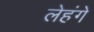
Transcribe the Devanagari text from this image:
लेहंगे